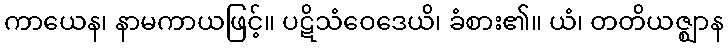
ကာယေန၊ နာမကာယဖြင့်။ ပဋိသံဝေဒေယိ၊ ခံစား၏။ ယံ၊ တတိယဇ္ဈာန